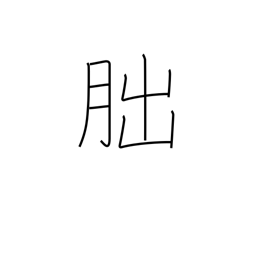
Meaning: crescent moon